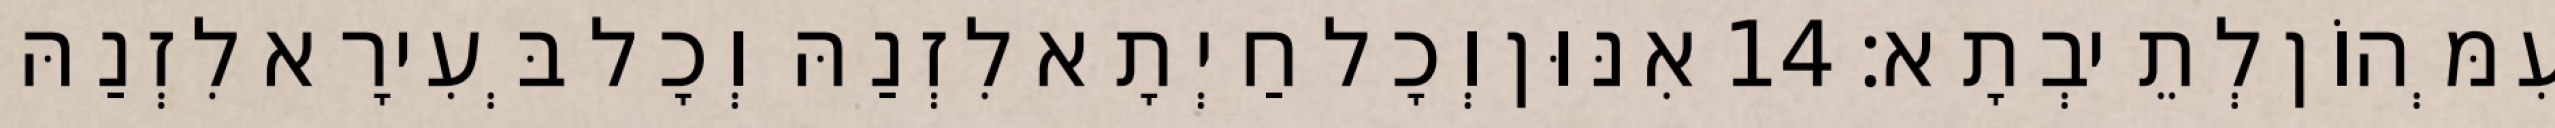
עִמְּהוֹן לְתֵיבְתָא׃ 14 אִנּוּן וְכָל חַיְתָא לִזְנַהּ וְכָל בְּעִירָא לִזְנַהּ